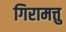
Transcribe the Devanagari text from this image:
गिरामत्तु